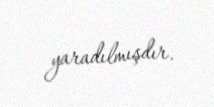
yaradılmışdır.